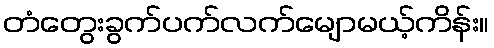
တံတွေးခွက်ပက်လက်မျောမယ့်ကိန်း။